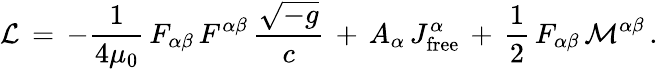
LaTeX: {\mathcal{L}}\, =\, -{\frac{1}{4\mu_{0}}}\, F_{\alpha\beta}\, F^{\alpha\beta}\, {\frac{\sqrt{-g}}{c}}\, +\, A_{\alpha}\, J_{\mathrm{free}}^{\alpha}\, +\, {\frac{1}{2}}\, F_{\alpha\beta}\, {\mathcal{M}}^{\alpha\beta}\, .